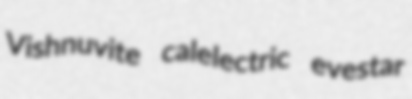
Vishnuvite calelectric evestar